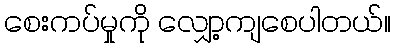
စေးကပ်မှုကို လျှော့ကျစေပါတယ်။